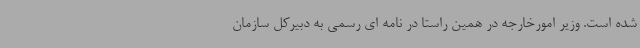
شده است. وزیر امورخارجه در همین راستا در نامه ای رسمی به دبیرکل سازمان